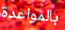
بالمواعدة